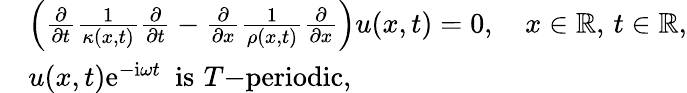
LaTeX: \begin{array}{rl}&{\left(\frac{\partial}{\partial t}\frac{1}{\kappa(x,t)}\frac{\partial}{\partial t}-\frac{\partial}{\partial x}\frac{1}{\rho(x,t)}\frac{\partial}{\partial x}\right)u(x,t)=0,\quad x\in\mathbb{R},\, t\in\mathbb{R},}\\ &{u(x,t)\mathrm{e}^{-\mathrm{i}\omega t}\, \, \, \mathrm{is}\, \, T\mathrm{-periodic},}\end{array}